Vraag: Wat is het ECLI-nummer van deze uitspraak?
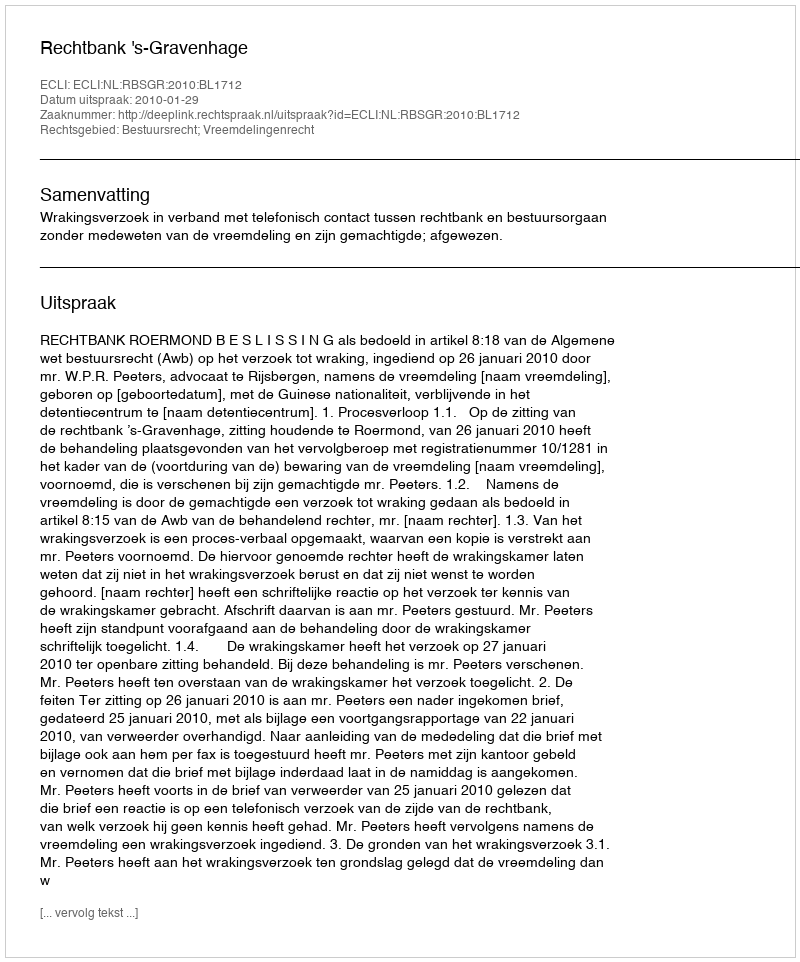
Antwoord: ECLI:NL:RBSGR:2010:BL1712